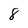
Character: 8